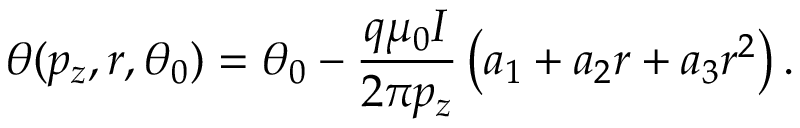
\theta ( p _ { z } , r , \theta _ { 0 } ) = \theta _ { 0 } - \frac { q \mu _ { 0 } I } { 2 \pi p _ { z } } \left( a _ { 1 } + a _ { 2 } r + a _ { 3 } r ^ { 2 } \right) .